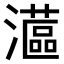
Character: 𤁮